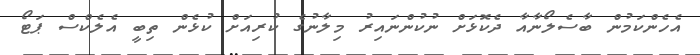
އެހެންކަމުން ބާސެލޯނާއާ ދެކޮޅަށް ނުކުންނައިރު މިލާނުގެ ކުރިއަށް ކުޅެން ތިބީ އެލެކްސް ޕަޓޯ